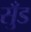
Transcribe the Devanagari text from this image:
सुँड